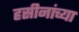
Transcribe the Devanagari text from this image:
हसीनांच्या